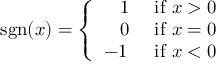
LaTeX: \operatorname { s g n } ( x ) = { \left\{ \begin{array} { l l } { \; \; \ 1 } & { { \mathrm { ~ i f ~ } } x > 0 } \\ { \; \; \ 0 } & { { \mathrm { ~ i f ~ } } x = 0 } \\ { - 1 } & { { \mathrm { ~ i f ~ } } x < 0 } \end{array} \right. }